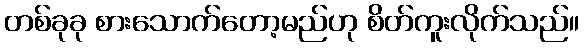
တစ်ခုခု စားသောက်တော့မည်ဟု စိတ်ကူးလိုက်သည်။